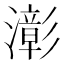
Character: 𤁀